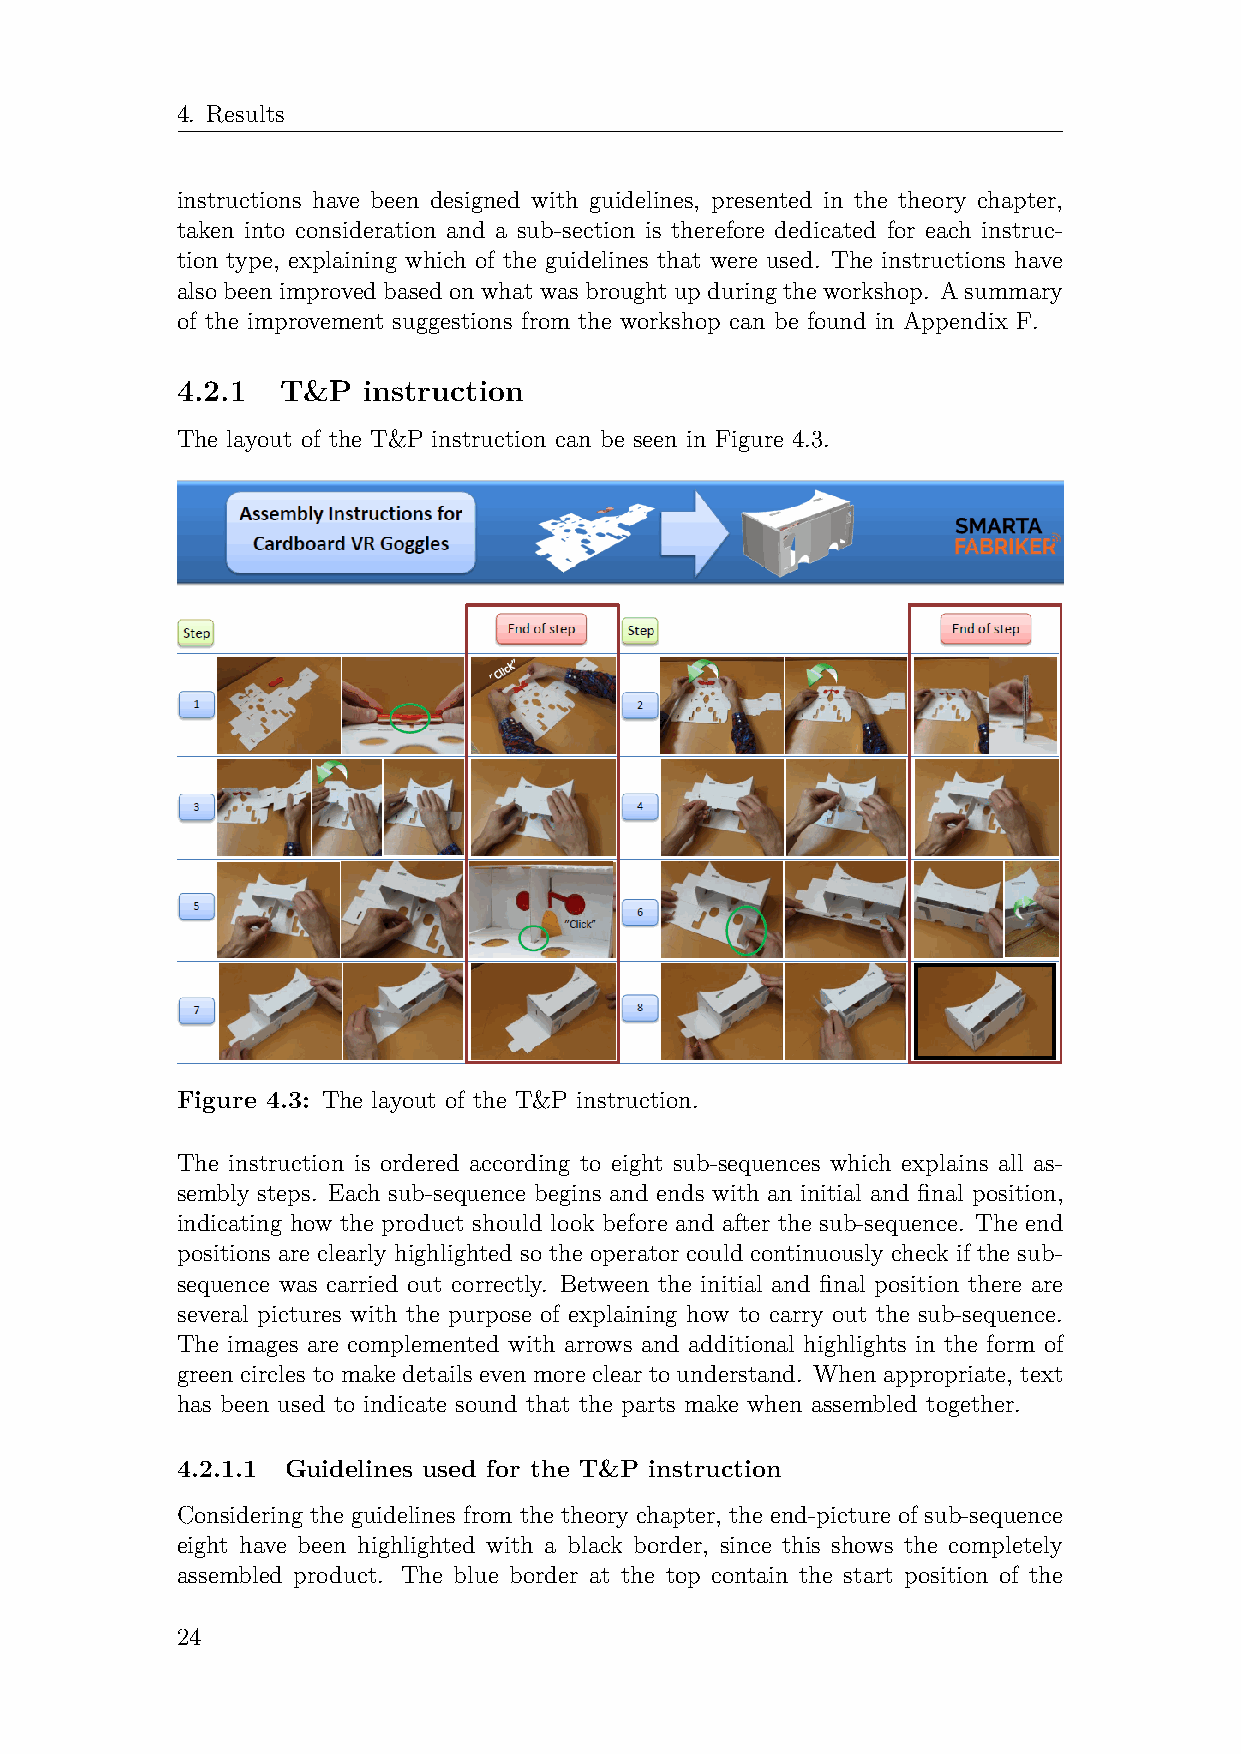
4. Results
 instructions have been designed with guidelines, presented in the theory chapter,
 taken into consideration and a sub-section is therefore dedicated for each instruc-
 tion type, explaining which of the guidelines that were used. The instructions have
 alsobeenimprovedbasedonwhatwasbroughtupduringtheworkshop. Asummary
 of the improvement suggestions from the workshop can be found in Appendix F.
 4.2.1  T&P  instruction
 The layout of the T&P instruction can be seen in Figure 4.3.
 Figure 4.3: The layout of the T&P instruction.
 The instruction is ordered according to eight sub-sequences which explains all as-
 sembly steps. Each sub-sequence begins and ends with an initial and final position,
 indicating how the product should look before and after the sub-sequence. The end
 positions are clearly highlighted so the operator could continuously check if the sub-
 sequence was carried out correctly. Between the initial and final position there are
 several pictures with the purpose of explaining how to carry out the sub-sequence.
 The images are complemented with arrows and additional highlights in the form of
 green circles to make details even more clear to understand. When appropriate, text
 has been used to indicate sound that the parts make when assembled together.
 4.2.1.1 Guidelines used for the T&P instruction
 Considering the guidelines from the theory chapter, the end-picture of sub-sequence
 eight have been highlighted with a black border, since this shows the completely
 assembled product. The blue border at the top contain the start position of the
 24